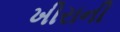
ખીરાની